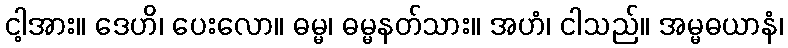
ငါ့အား။ ဒေဟိ၊ ပေးလော။ ဓမ္မ၊ ဓမ္မနတ်သား။ အဟံ၊ ငါသည်။ အမ္မဓယာနံ၊